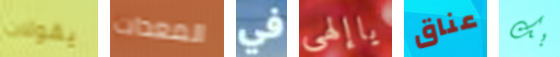
يقولان المعدات في ياإلهى عناق بك